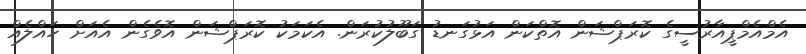
އެމްއެމްޕީއާރުސީގެ ކޮރަޕްޝަން އޮތްކަން އަޅުގަނޑު ގަބޫލުކުރަން. އެކަމަކު ކޮރަޕްޝަން އޮވެގެން އެއަށް ހައްލެއް